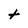
Character: t